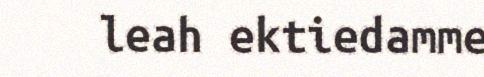
leah ektiedamme